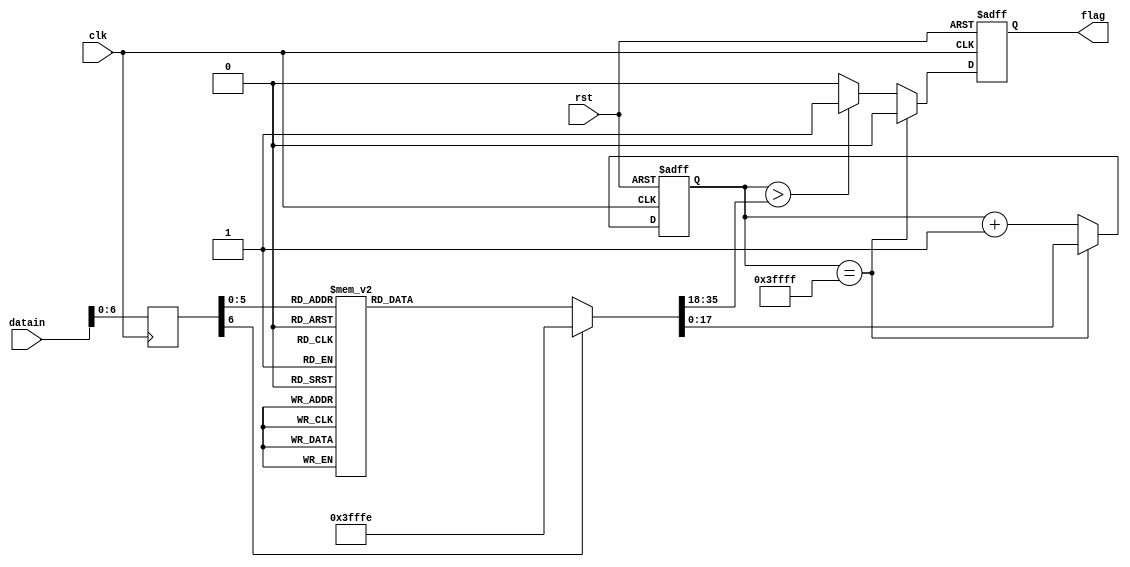
//
//
module music(clk,rst,datain,flag);
	input	clk;		//
	input	rst;	//
	input[7:0]	datain;		//
	reg[17:0] origin,bw;
	reg[17:0] div;
	reg[6:0] tone;
	output reg flag;
	
always@(posedge clk)
	tone<=datain;
	
always@(posedge clk or negedge rst)
	begin
		if(!rst)
			begin
				div<=0;
				flag<=1;
			end
		else
			begin
				if(div==18'd262143)
					begin
						div<=origin;
						flag<=0;
					end
				else
					begin
						div<=div+1'b1;
						if(div>bw)
							flag<=1;
						else flag<=0;
					end
			end
		end

always@(tone) 
	begin
		case(tone)
			6'h01:begin origin<=18'd71079;bw<=18'd75849; end	//L1,bw=timedelay/10=19106
			6'h02:begin origin<=18'd91895;bw<=18'd95222; end	//L2,bw=17024
			6'h03:begin origin<=18'd110479;bw<=18'd113844; end	//L3,bw=15166
			6'h04:begin origin<=18'd118995;bw<=18'd122573; end	//L4,bw=14315
			6'h05:begin origin<=18'd134611;bw<=18'd137799; end	//L5,bw=12753
			6'h06:begin origin<=18'd148527;bw<=18'd151367; end	//L6,bw=11362
			6'h07:begin origin<=18'd160927;bw<=18'd163457; end	//L7,bw=10122
			6'h11:begin origin<=18'd166479;bw<=18'd168870; end	//M1,bw=9566
			6'h12:begin origin<=18'd177027;bw<=18'd179154; end	//M2,bw=8510;
			6'h13:begin origin<=18'd186327;bw<=18'd188222; end	//M3,bw=7580;
			6'h14:begin origin<=18'd190579;bw<=18'd192364; end	//M4,bw=7140;
			6'h15:begin origin<=18'd198395;bw<=18'd199985; end	//M5,bw=6360;
			6'h16:begin origin<=18'd205343;bw<=18'd206763; end	//M6,bw=5680;
			6'h17:begin origin<=18'd211543;bw<=18'd212808; end	//M7,bw=5060;
			6'h21:begin origin<=18'd214360;bw<=18'd215554; end	//H1,bw=4778;
			6'h22:begin origin<=18'd219576;bw<=18'd220640; end	//H2,bw=4256;
			6'h23:begin origin<=18'd224243;bw<=18'd225190; end	//H3,bw=3790;
			6'h24:begin origin<=18'd226343;bw<=18'd227238; end	//H4,bw=3580;
			6'h25:begin origin<=18'd230259;bw<=18'd231056; end	//H5,bw=3188;
			6'h26:begin origin<=18'd233736;bw<=18'd234446; end	//H6,bw=2842;
			6'h27:begin origin<=18'd236826;bw<=18'd237459; end	//H7,bw=2532;
			default:begin origin<=18'd262142;bw<=18'd0; end	//
	endcase
end
 
endmodule